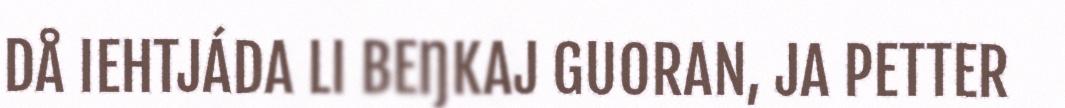
DÅ IEHTJÁDA LI BEŊKAJ GUORAN, JA PETTER